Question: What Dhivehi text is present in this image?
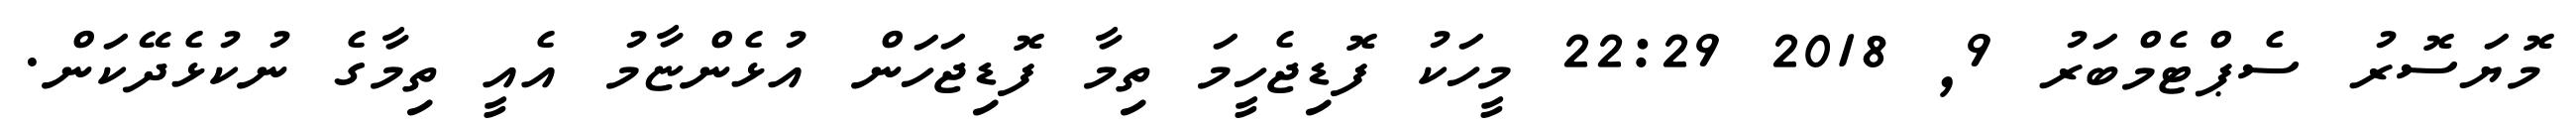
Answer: މޮޔަސޮރު ސެޕްޓެމްބަރު 9, 2018 22:29 މީހަކު ފޮޑިޖެހީމަ ތިމާ ފޮޑިޖަހަން އުޅެންޏާމު އެއީ ތިމާގެ ނުކުޅެދޭކަން.